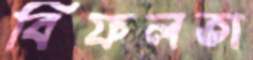
বিফলতা